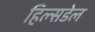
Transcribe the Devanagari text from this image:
हिल्सडेल